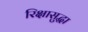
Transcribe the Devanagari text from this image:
रिक्षासुद्धा